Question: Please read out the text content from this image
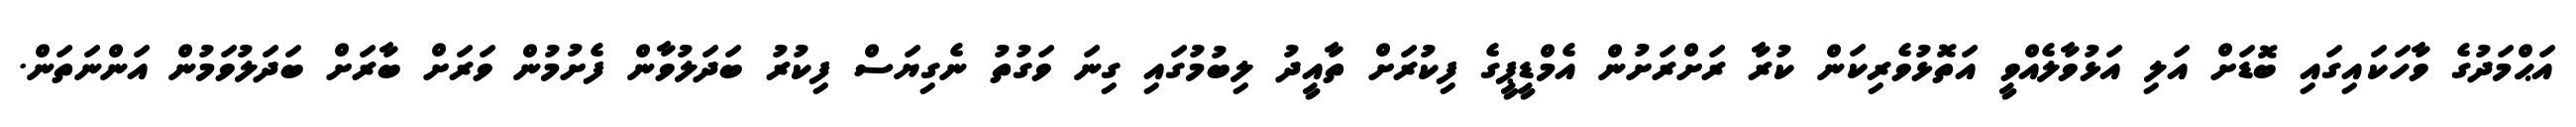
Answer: އަޙްމަދުގެ ވާހަކައިގައި ބޮޑަށް އަލި އަޅުވާލެއްވީ އަތޮޅުވެރިކަން ކުރާ ރަށްރަށުން އެމްޑީޕީގެ ފިކުރަށް ތާއީދު ލިބުމުގައި ގިނަ ވަގުތު ނެގިޔަސް ފިކުރު ބަދަލުވާން ފެށުމުން ވަރަށް ބާރަށް ބަދަލުވަމުން އަންނަތަން.